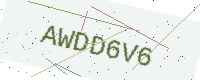
Text: AWDD6V6